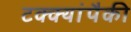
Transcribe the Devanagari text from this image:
टक्क्यांपैकी